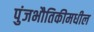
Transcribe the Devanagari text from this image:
पुंजभौतिकीमधील